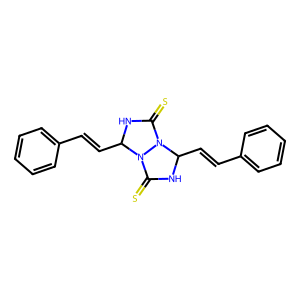
SMILES: S=C1NC(C=Cc2ccccc2)N2C(=S)NC(C=Cc3ccccc3)N12
Inhibits HIV replication: No